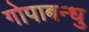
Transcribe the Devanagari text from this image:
गोपाबन्धु